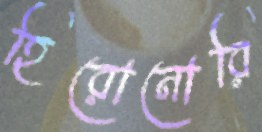
হিরোনোরি